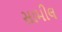
સામીલ